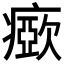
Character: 𤺘